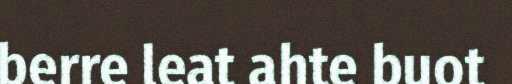
berre leat ahte buot